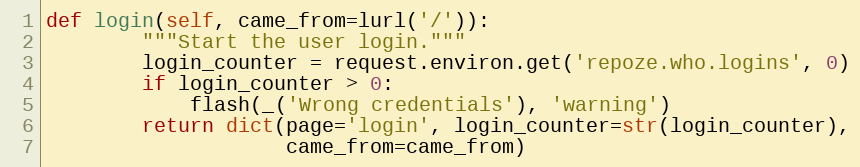
Language: Python
def login(self, came_from=lurl('/')):
        """Start the user login."""
        login_counter = request.environ.get('repoze.who.logins', 0)
        if login_counter > 0:
            flash(_('Wrong credentials'), 'warning')
        return dict(page='login', login_counter=str(login_counter),
                    came_from=came_from)